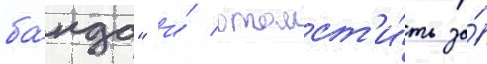
ба́нда" и́ отомст'и́ть за́